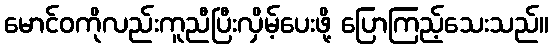
မောင်ဝကိုလည်းကူညီပြီးလှိမ့်ပေးဖို့ ပြောကြည့်သေးသည်။